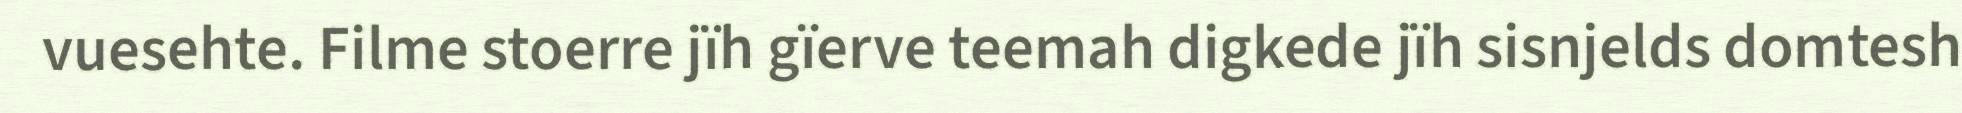
vuesehte. Filme stoerre jïh gïerve teemah digkede jïh sisnjelds domtesh